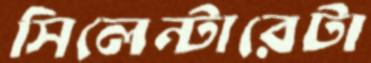
সিলেন্টারেটা